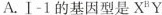
A.Ⅰ-1的基因型是X^{B}Y